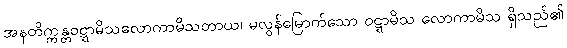
အနတိက္ကန္တဝဋ္ဋာမိသလောကာမိသတာယ၊ မလွန်မြောက်သော ဝဋ္ဋာမိသ လောကာမိသ ရှိသည်၏